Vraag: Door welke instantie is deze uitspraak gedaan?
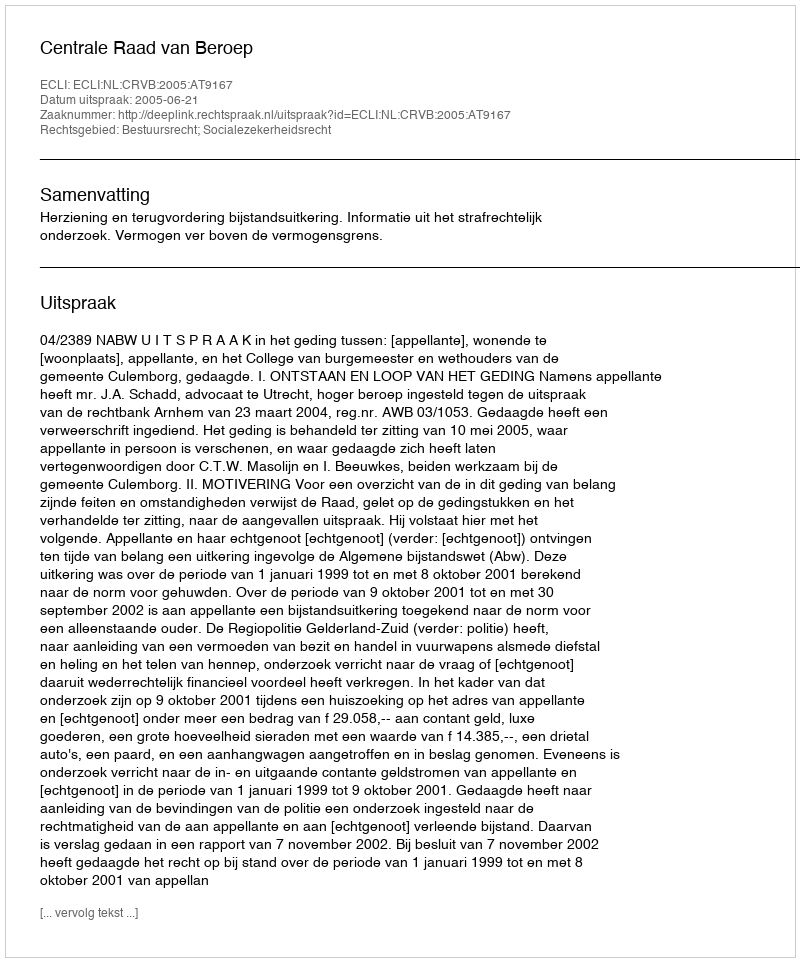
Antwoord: Centrale Raad van Beroep